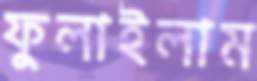
ফুলাইলাম